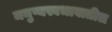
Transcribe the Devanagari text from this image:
मनुष्यस्वभावातील